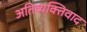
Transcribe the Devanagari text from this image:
अतिव्यक्तिवाद